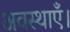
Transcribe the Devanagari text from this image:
अवस्थाएँ।